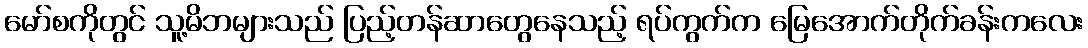
မော်စကိုတွင် သူ့မိဘများသည် ပြည့်တန်ဆာတွေနေသည့် ရပ်ကွက်က မြေအောက်တိုက်ခန်းကလေး